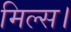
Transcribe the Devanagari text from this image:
मिल्स।